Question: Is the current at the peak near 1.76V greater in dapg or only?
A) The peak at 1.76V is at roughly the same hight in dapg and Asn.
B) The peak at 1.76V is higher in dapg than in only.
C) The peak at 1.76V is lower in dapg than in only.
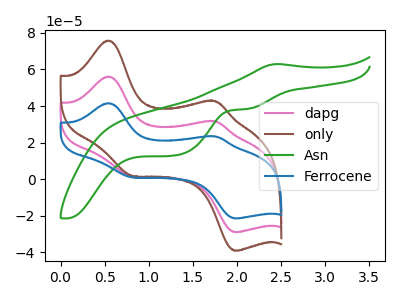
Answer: <think>The pink curve "dapg" has anodic peaks at (0.55V, 56.10uA) (1.75V, 31.60uA) and cathodic peaks at (0.80V, 1.50uA) (2.00V, -28.90uA). The brown curve "only" has anodic peaks at (0.55V, 112.15uA) (1.75V, 63.15uA) and cathodic peaks at (0.80V, 3.00uA) (2.00V, -57.85uA). The green curve "Asn" has an anodic peak at (2.45V, 62.95uA) and cathodic peaks at (2.10V, 38.40uA) (1.30V, 12.95uA). The blue curve "Ferrocene" has anodic peaks at (0.55V, 41.50uA) (1.75V, 23.40uA) and cathodic peaks at (0.80V, 1.10uA) (2.00V, -21.40uA).</think>
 <answer>C) The peak at 1.76V is lower in "dapg" than in "only".</answer>
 <eval>C</eval>